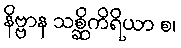
နိဗ္ဗာန သစ္ဆိကိရိယာ စ၊